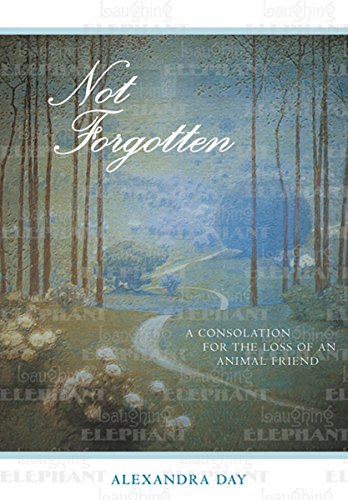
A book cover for Not Forgotten; Alexandra Day; Crafts, Hobbies & Home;